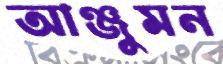
আঞ্জুমন